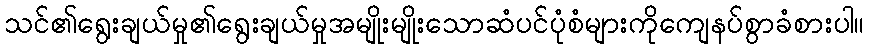
သင်၏ရွေးချယ်မှု၏ရွေးချယ်မှုအမျိုးမျိုးသောဆံပင်ပုံစံများကိုကျေနပ်စွာခံစားပါ။